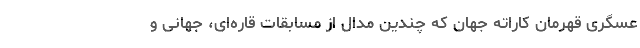
عسگری قهرمان کاراته جهان که چندین مدال از مسابقات قاره‌ای، جهانی و